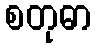
စတုဓာ